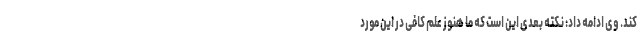
کند. وی ادامه داد: نکته بعدی این است که ما هنوز علم کافی در این مورد